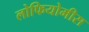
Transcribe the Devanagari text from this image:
लोफियोमीस